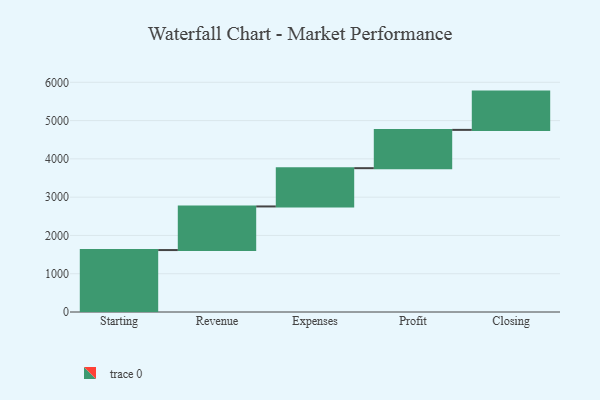
{"axis": {"x": "Step", "y": "Value"}, "legend": [""], "data": [{"x": "Starting", "y": 1618.0, "type": ""}, {"x": "Revenue", "y": 1139.0, "type": ""}, {"x": "Expenses", "y": 1000, "type": ""}, {"x": "Profit", "y": 1000, "type": ""}, {"x": "Closing", "y": 1000, "type": ""}]}